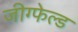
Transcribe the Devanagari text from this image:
जीग्फेल्ड